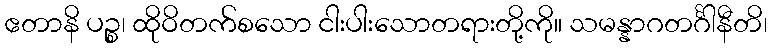
ဧတာနိ ပဉ္စ၊ ထိုဝိတက်စသော ငါးပါးသောတရားတို့ကို။ သမန္နာဂတင်္ဂါနီတိ၊